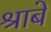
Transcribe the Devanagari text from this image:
श्राबे